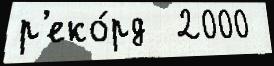
р'еко́рд  2000